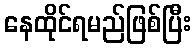
နေထိုင်ရမည်ဖြစ်ပြီး